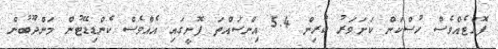
ފޮއްޓެއްވެސް ހުސްކަން ކަށަވަރު ކުރިން 5.4 އިންސައްތަ ފޮށީގައި އެއްވެސް ކެންޑިޑޭޓުން މަންދޫބުން